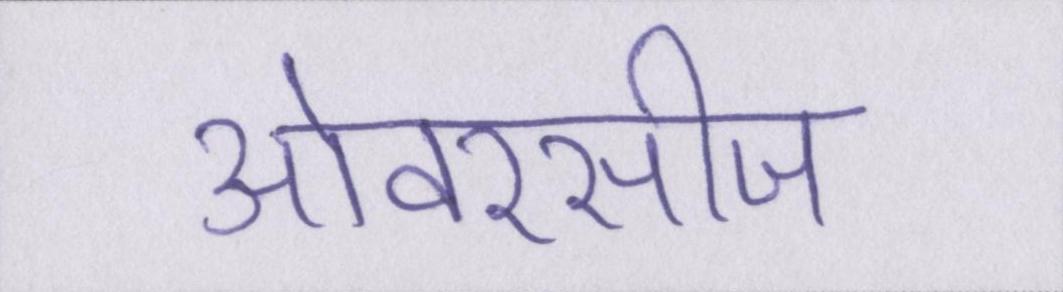
ओवरसीज